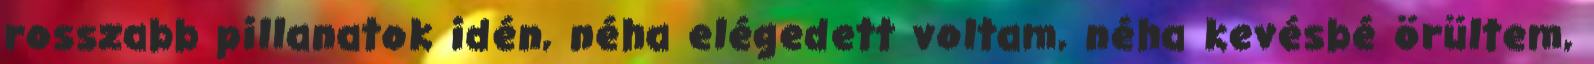
rosszabb pillanatok idén, néha elégedett voltam, néha kevésbé örültem,